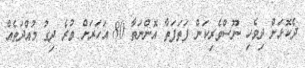
ދެކޮޅަށް ދިވެހި ނޫސްވެރިކަން ފަތަފަތާ އޮންނަތާ 80 އަހަރަށް ވުރެ ދިގު މުއްދަތެއް